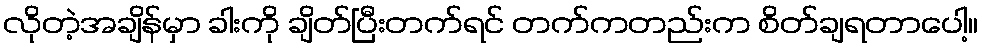
လိုတဲ့အချိန်မှာ ခါးကို ချိတ်ပြီးတက်ရင် တက်ကတည်းက စိတ်ချရတာပေါ့။